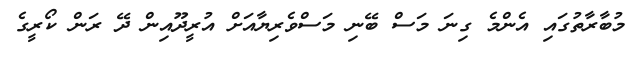
މުބާރާތުގައި އެންމެ ގިނަ މަސް ބޭނި މަސްވެރިޔާއަށް އުރީދޫއިން ދޭ ރަން ކޯރީގެ